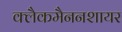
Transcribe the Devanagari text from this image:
क्लैकमैननशायर